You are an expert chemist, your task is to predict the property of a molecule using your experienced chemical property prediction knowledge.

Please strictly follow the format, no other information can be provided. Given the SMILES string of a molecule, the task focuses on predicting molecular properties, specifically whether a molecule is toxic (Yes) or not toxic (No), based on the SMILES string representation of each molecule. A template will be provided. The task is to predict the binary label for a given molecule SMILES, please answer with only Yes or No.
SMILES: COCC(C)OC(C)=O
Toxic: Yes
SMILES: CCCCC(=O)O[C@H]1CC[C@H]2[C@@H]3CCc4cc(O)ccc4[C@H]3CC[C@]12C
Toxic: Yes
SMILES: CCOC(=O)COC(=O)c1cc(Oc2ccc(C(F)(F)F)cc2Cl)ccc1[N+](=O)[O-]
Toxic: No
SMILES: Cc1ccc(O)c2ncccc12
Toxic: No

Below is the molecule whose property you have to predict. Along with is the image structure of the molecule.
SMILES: CCN(CC)c1ccc(C(=C2C=CC(=[N+](CC)CC)C=C2)c2cc(S(=O)(=O)[O-])ccc2S(=O)(=O)[O-])cc1
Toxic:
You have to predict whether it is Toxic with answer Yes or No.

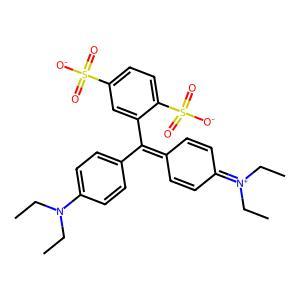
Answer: No